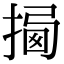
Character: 𢰕